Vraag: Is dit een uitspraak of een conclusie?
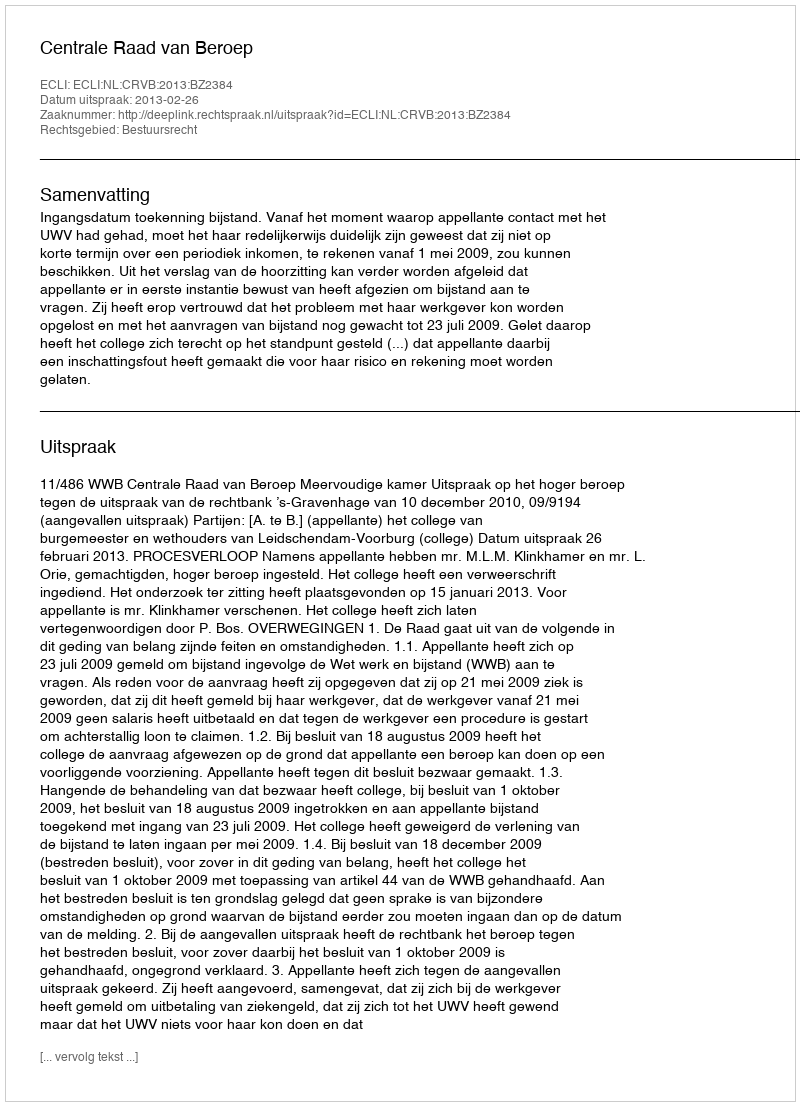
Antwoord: Uitspraak